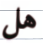
هل